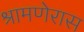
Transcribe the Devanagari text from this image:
श्रामणेरास